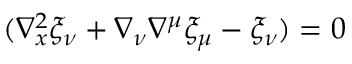
( \nabla _ { x } ^ { 2 } \xi _ { \nu } + \nabla _ { \nu } \nabla ^ { \mu } \xi _ { \mu } - \xi _ { \nu } ) = 0